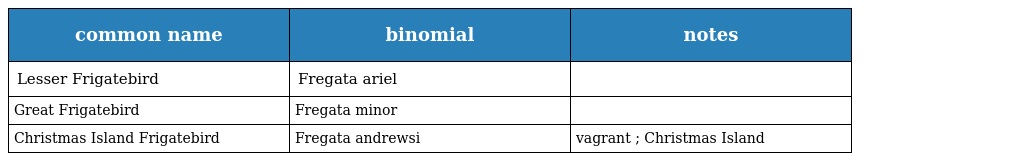
| common name | binomial | notes |
 | --- | --- | --- |
 | Lesser Frigatebird | Fregata ariel |  |
 | Great Frigatebird | Fregata minor |  |
 | Christmas Island Frigatebird | Fregata andrewsi | vagrant ; Christmas Island |